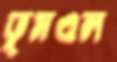
ভূমণ্ডল